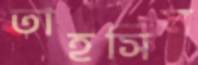
তাহসিন